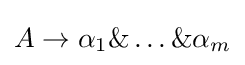
A\rightarrow \alpha _{1}\&\ldots \&\alpha _{m}